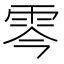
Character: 𩂇